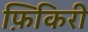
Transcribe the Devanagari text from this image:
फ़िकिरी